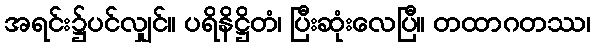
အရင်း၌ပင်လျှင်။ ပရိနိဋ္ဌိတံ၊ ပြီးဆုံးလေပြီ။ တထာဂတဿ၊